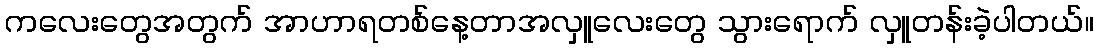
ကလေးတွေအတွက် အာဟာရတစ်နေ့တာအလှူလေးတွေ သွားရောက် လှူတန်းခဲ့ပါတယ်။